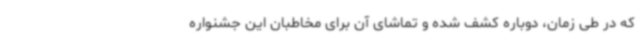
که در طی زمان، دوباره کشف شده و تماشای آن برای مخاطبان این جشنواره